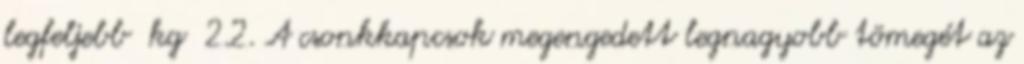
legfeljebb kg 2.2. A csonkkapcsok megengedett legnagyobb tömegét az